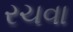
રચવા